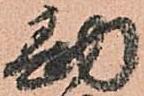
勘